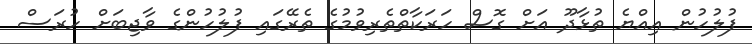
ފުލުހުން އިއްޔެ ތުޅާދޫ އަށް ގޮސް ހަރަކާތްތެރިވުމުގެ ތެރޭގައި ފުލުހުންގެ ވާޖިބަށް ހުރަސް